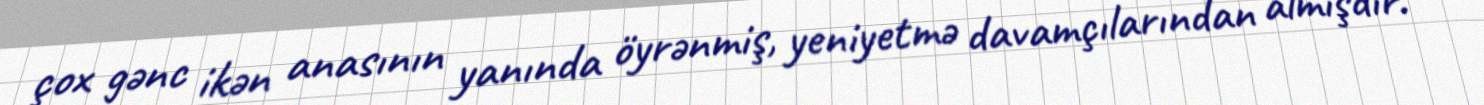
çox gənc ikən anasının yanında öyrənmiş, yeniyetmə davamçılarından almışdır.